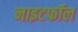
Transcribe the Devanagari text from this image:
नाइटफॉल